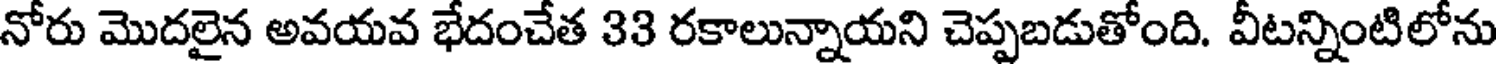
నోరు మొదలైన అవయవ భేదంచేత 33 రకాలున్నాయని చెప్పబడుతోంది. వీటన్నింటిలోను